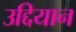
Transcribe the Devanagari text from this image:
उद्दियान